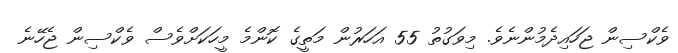
ވެކްސިން ޖަހައިދެމުންނެވެ. މިވަގުތު 55 އަހަރުން މަތީގެ ކޮންމެ މީހަކަށްވެސް ވެކްސިން ޖެހޭނެ